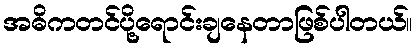
အဓိကတင်ပို့ရောင်းချနေတာဖြစ်ပါတယ်။